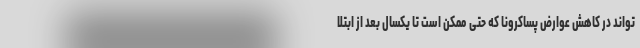
تواند در کاهش عوارض پساکرونا که حتی ممکن است تا یکسال بعد از ابتلا